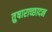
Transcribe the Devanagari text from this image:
तुषाराच्छादन